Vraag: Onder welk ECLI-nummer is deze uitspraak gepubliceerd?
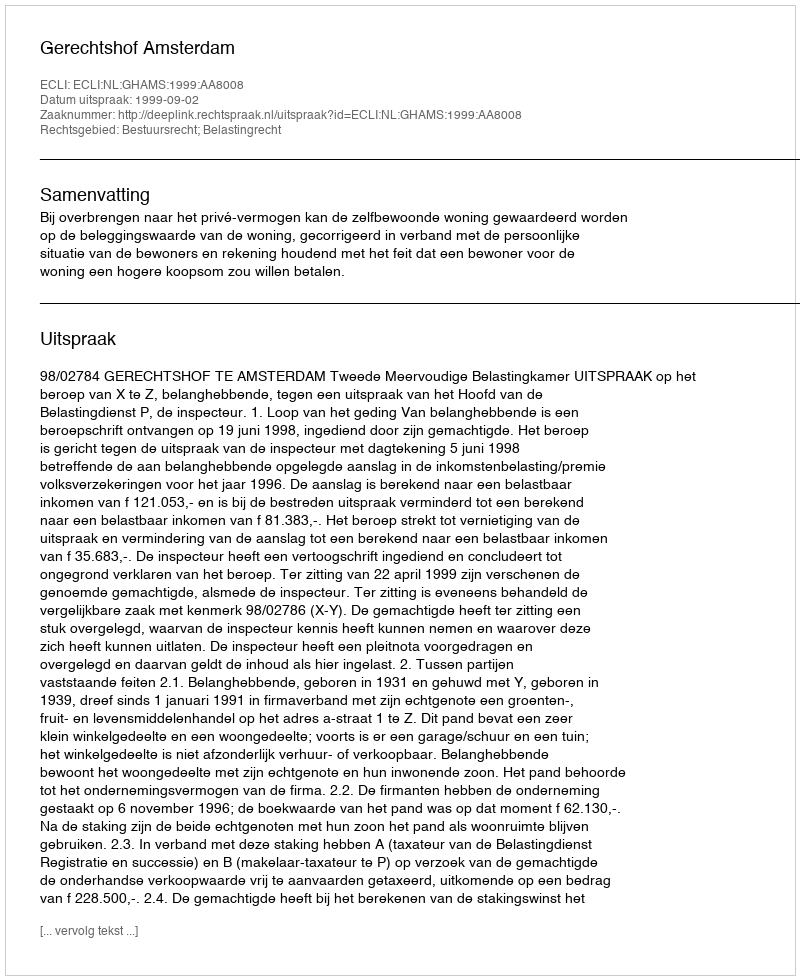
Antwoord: ECLI:NL:GHAMS:1999:AA8008